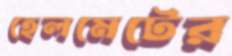
হেলমেটের